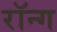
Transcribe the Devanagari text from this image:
रॉन्ग